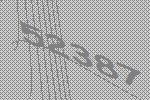
52387